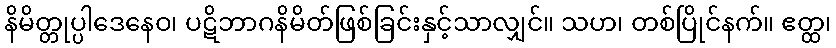
နိမိတ္တုပ္ပါဒေနေဝ၊ ပဋိဘာဂနိမိတ်ဖြစ်ခြင်းနှင့်သာလျှင်။ သဟ၊ တစ်ပြိုင်နက်။ ဧတ္ထ၊